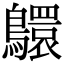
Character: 䴋